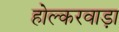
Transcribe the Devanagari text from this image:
होल्करवाड़ा